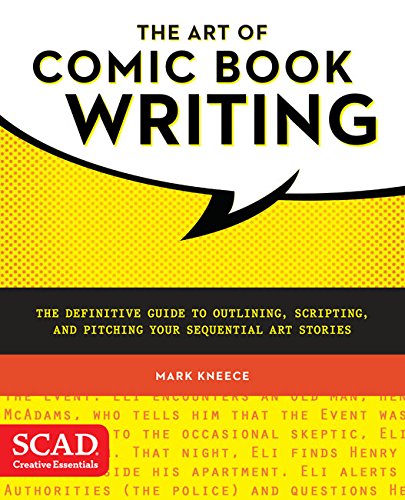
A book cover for The Art of Comic Book Writing: The Definitive Guide to Outlining, Scripting, and Pitching Your Sequential Art Stories (SCAD Creative Essentials); Mark Kneece; Comics & Graphic Novels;